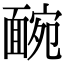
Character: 䩊